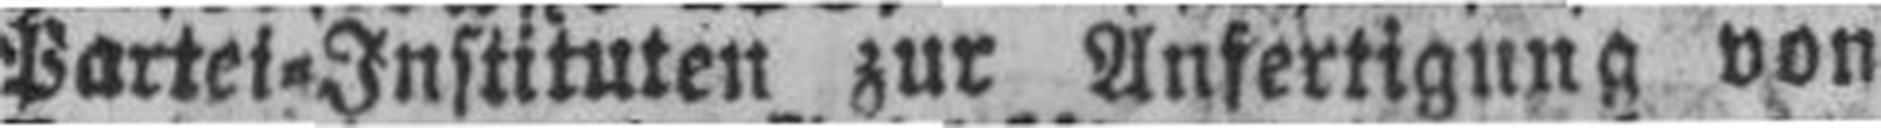
Partei=Instituten zur Anfertigung von